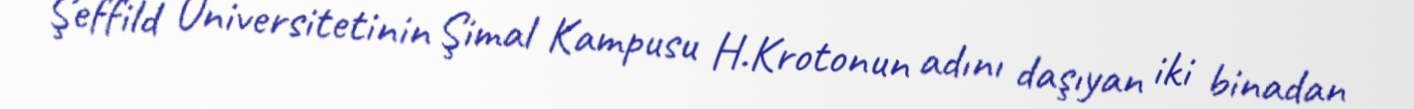
Şeffild Universitetinin Şimal Kampusu H.Krotonun adını daşıyan iki binadan